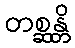
တစ္ဆန္တိ